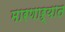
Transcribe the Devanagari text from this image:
मारणाऱ्यात